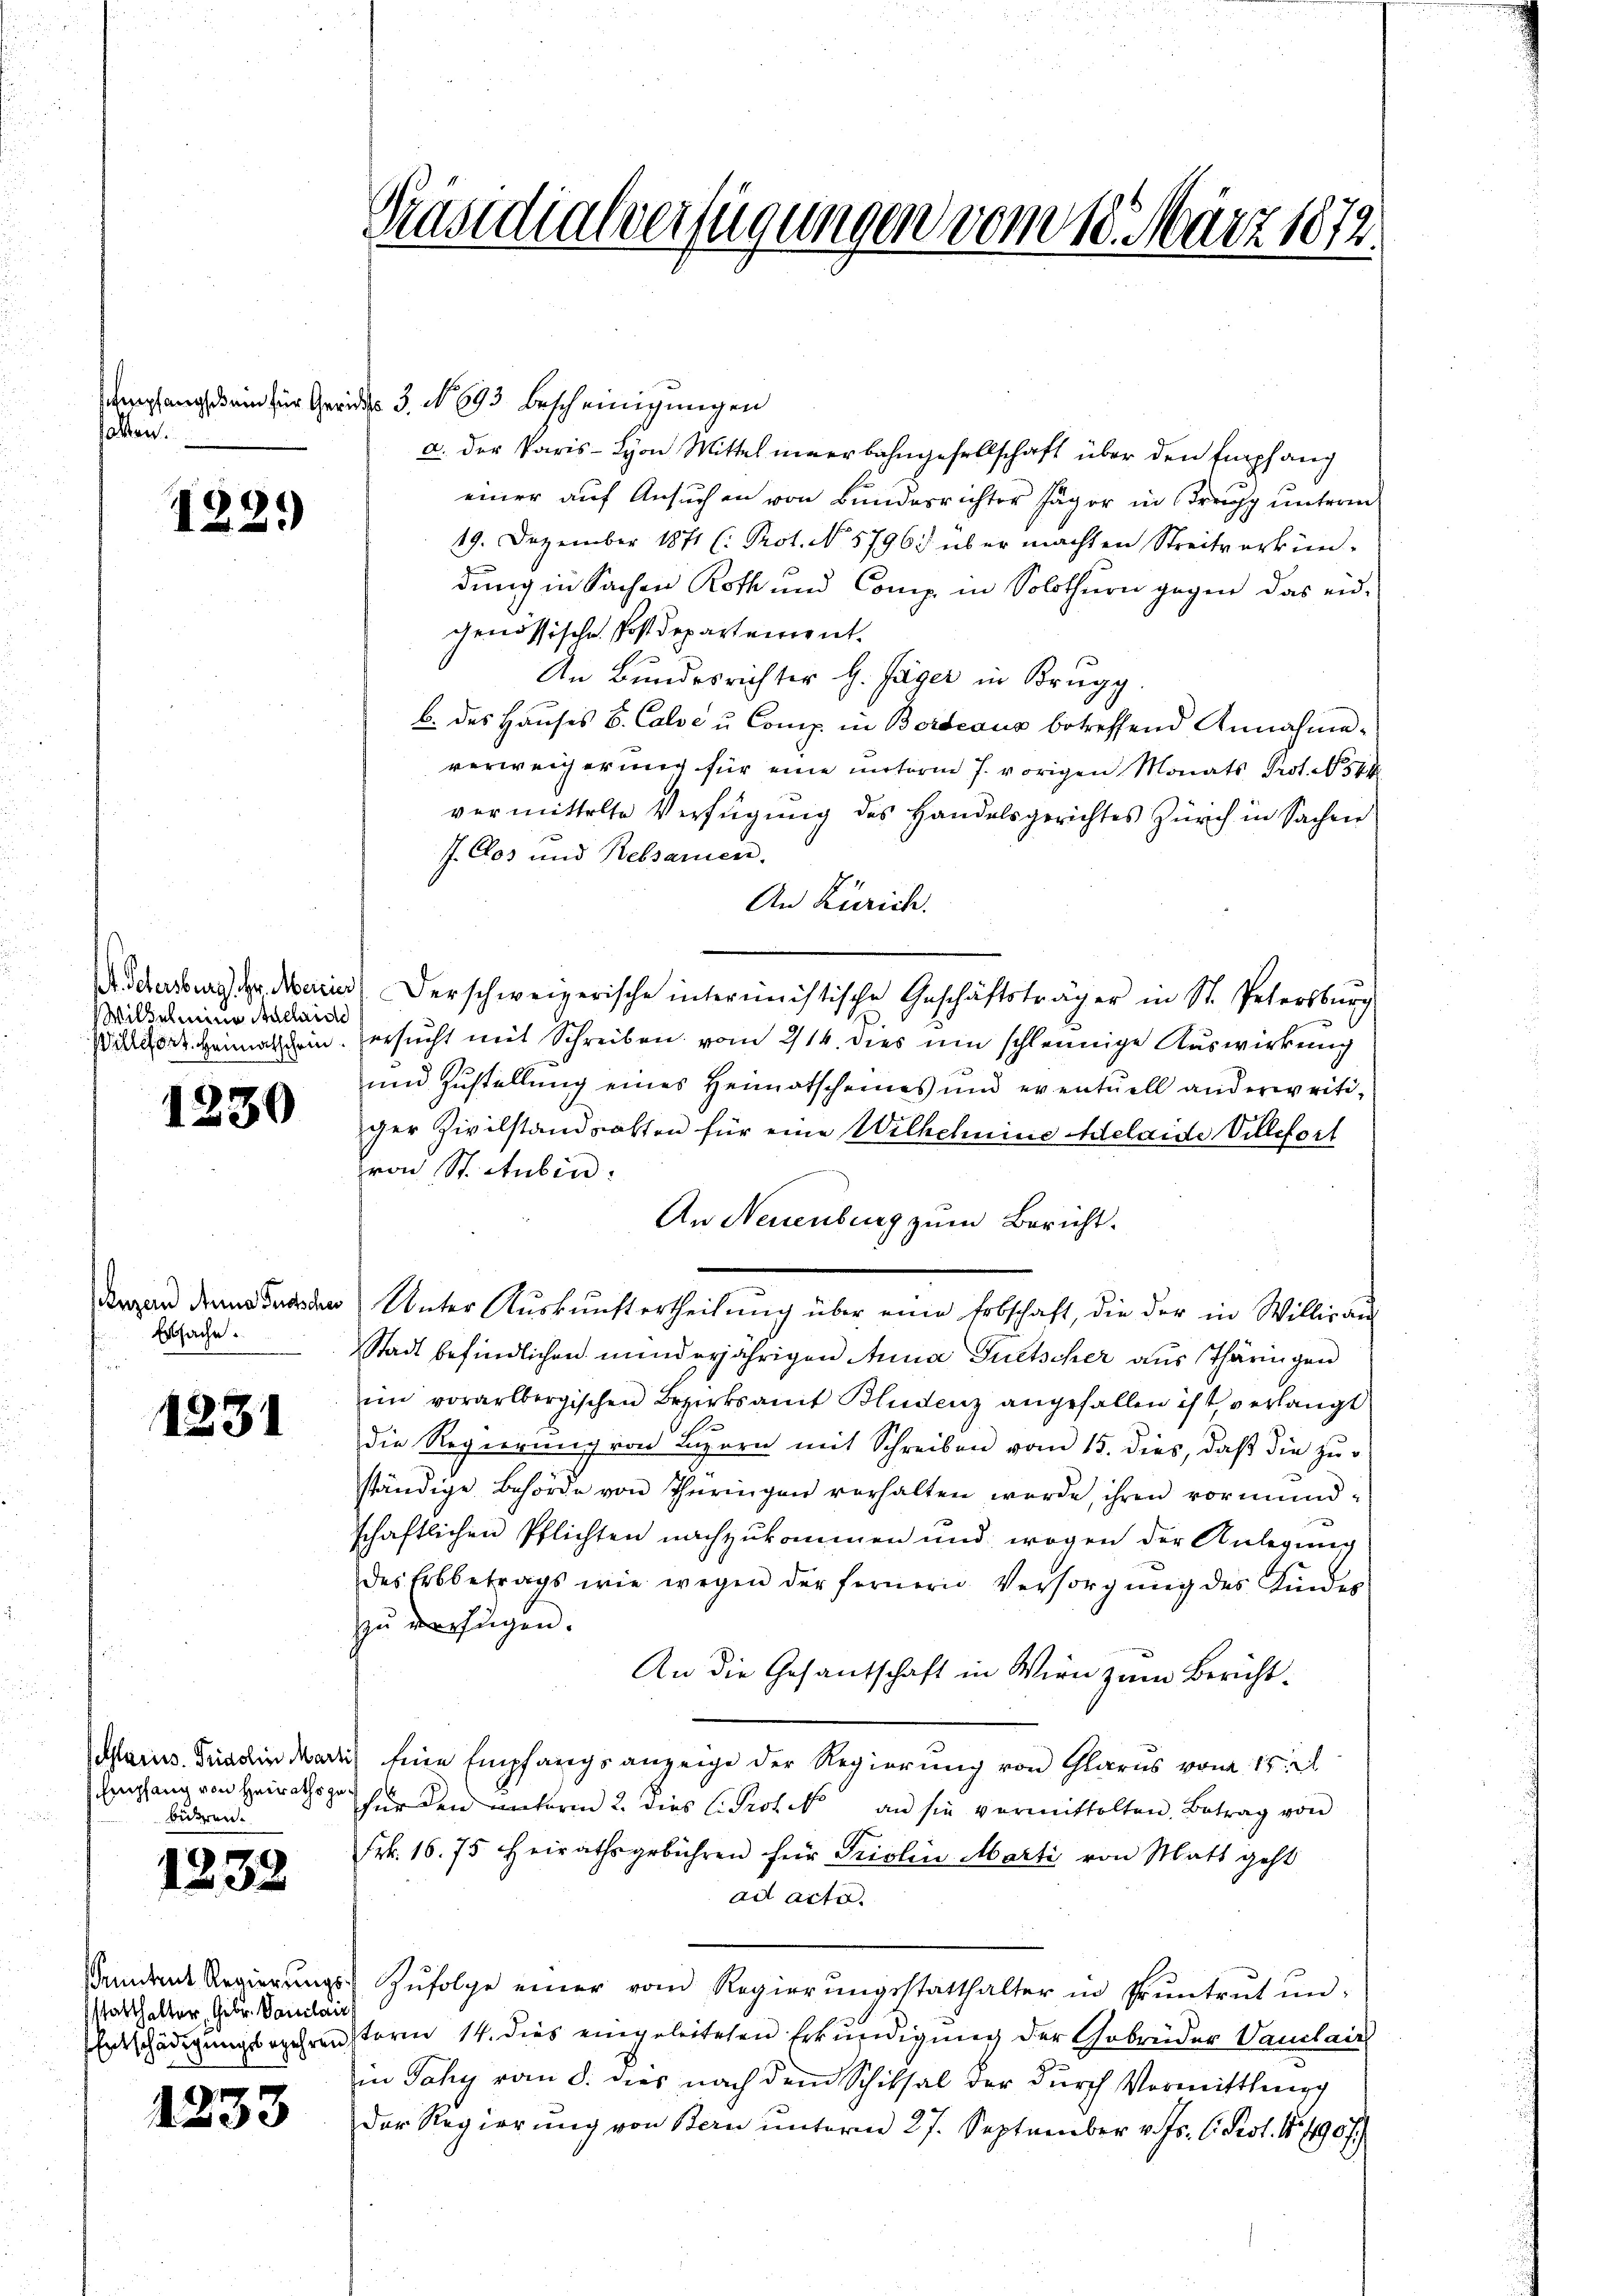
hollen.

1221)

Wilhelmine Adelaide

1230

Luzern Anna Fussches
Erbsache.

1231

Glarus. Fridolin Mart
Empfang von Heiraths gebideren.

1238

Sonntent Regierungs-
sstatthalter, Gebr. Vanilair

1233

Präsidialverfügungen vom 18. März 1872

Verpfang kein für Gerichts 3. No. 693. Bescheinigungen
a. der Paris - Lyon Mittel innerbahngesellschaft über den Empfang
einer auf Ansuchen von Bundesrichter Jäger in Bregg unterm
19. Dezember 1871 (: Prot. No. 5796. über machten Streitverkün-
dung in Sachen Roth und Comp. in Solothurn gegen das eid-
genössische Postdepartement.
An Bundesrichter H. Jäger in Brugg
b. des Hauses B. Calse u. Comp. in Bordeaus betreffend Annahme
verweigerung für eine unterm 7. vorigen Monats Prot. 57
vermittelte Verfügung des Handelsgerichtes Zürich in Sachen
J. Dos und Rebsamen.
An Zürich.
dchens darin derschweizerische interministische Geschäftsträger in St. Petersburg
io Heimatsein, ersucht mit Schreiben vom 214. dies um schleunige Auswirkung
und Zustellung eines Heimatscheines und eventuell anderweitiger Zivilstandsatten für eine Wilhelmine Adelaide Villefort
von St. Aubin
An Neuenburg zum Bericht.
 Unter Aŭskŭnftertheilŭng über eine Erbschaft, die der in Williran
Stadt befindlichen minderjährigen Anna Guetscher aus Thäringen
im vorarlbergischen Bezirksamt Bludenz angefallen ist, verlangt
die Regierung von Luzern mit Schreiben vom 15. dies, daß die zuständige Behörde von Thüringen verhalten werde, ihren vormund-
schaftlichen Pflichten nachzukommen und wogen der Anlegung
des Erbbetrags wie wegen der fernern Versorgŭng des Kinder
zŭ verfügen.
An die Gesantschaft in Wien zum Bericht¬
) Eine Empfangsanzeige der Regierung von Glarus vom 15. e
für den unterm 2. dies C. Protek an sie vermittelten. Betrag von
Frk. 16. 75 heirathsgebühren für Triolin Marti von Matt geht
ad acte.
Zŭfolge einer vom Regierŭngsstatthalter in Pruntrŭt ŭn-
Entschädigungsorchrenstoren 14. dies eingeleiteten Erkundigung der Gebrüder Vanilair
in Jahy vom 8. dies nach dem Schiksal der durch Vormittlung
Der Regierung von Bern unterm 27. September v. Js. 6. Prot. 1490 f.)